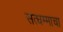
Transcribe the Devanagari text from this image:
सत्धम्माचा